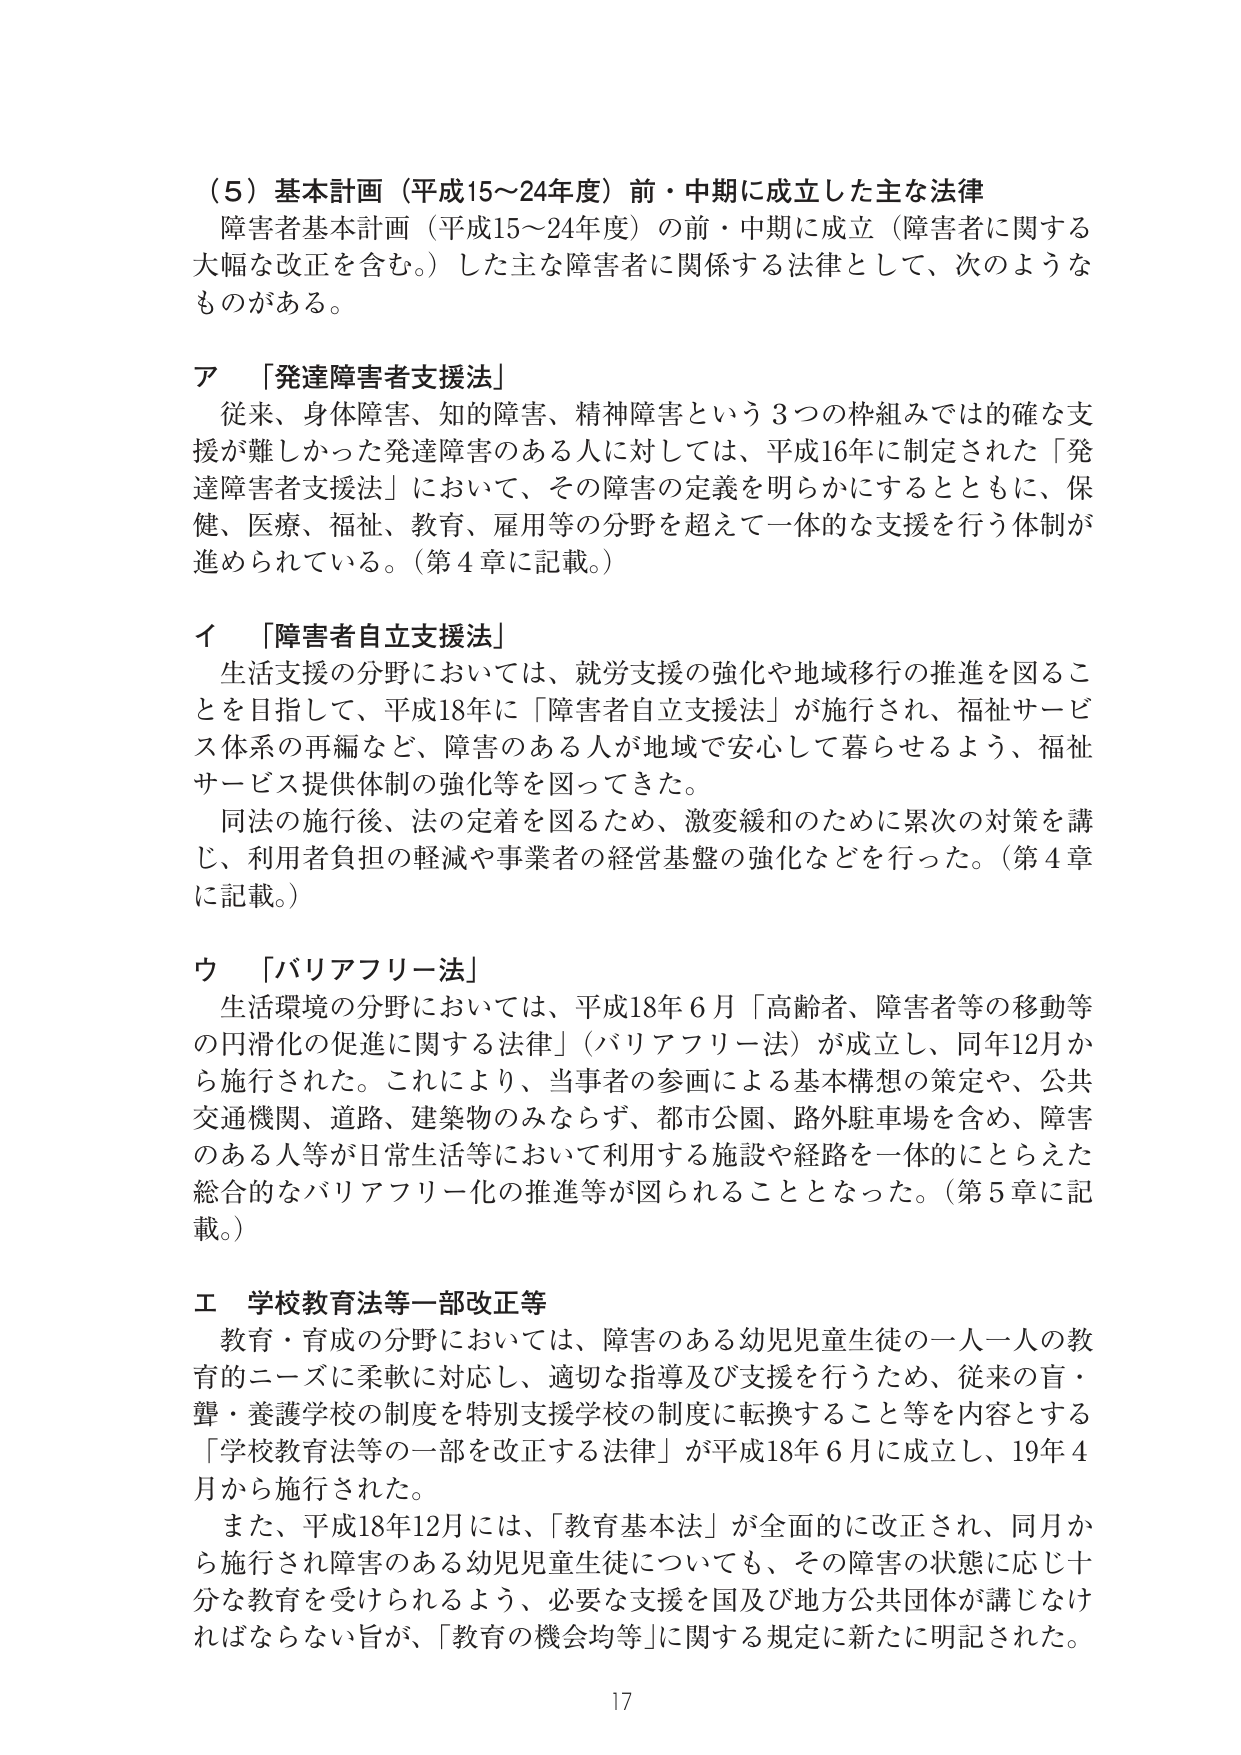
（5）基本計画（平成15～24年度）前・中期に成立した主な法律
障害者基本計画（平成15～24年度）の前・中期に成立（障害者に関する大幅な改正を含む。）した主な障害者に関係する法律として、次のようなものがある。

ア 「発達障害者支援法」
従来、身体障害、知的障害、精神障害という3つの枠組みでは的確な支援が難しかった発達障害のある人に対しては、平成16年に制定された「発達障害者支援法」において、その障害の定義を明らかにするとともに、保健、医療、福祉、教育、雇用等の分野を超えて一体的な支援を行う体制が進められている。（第4章に記載。）

イ 「障害者自立支援法」
生活支援の分野においては、就労支援の強化や地域移行の推進を図ることを目指して、平成18年に「障害者自立支援法」が施行され、福祉サービス体系の再編など、障害のある人が地域で安心して暮らせるよう、福祉サービス提供体制の強化等を図ってきた。
同法の施行後、法の定着を図るため、激変緩和のために累次の対策を講じ、利用者負担の軽減や事業者の経営基盤の強化などを行った。（第4章に記載。）

ウ 「バリアフリー法」
生活環境の分野においては、平成18年6月「高齢者、障害者等の移動等の円滑化の促進に関する法律」（バリアフリー法）が成立し、同年12月から施行された。これにより、当事者の参画による基本構想の策定や、公共交通機関、道路、建築物のみならず、都市公園、路外駐車場を含め、障害のある人等が日常生活等において利用する施設や経路を一体的にとらえた総合的なバリアフリー化の推進等が図られることとなった。（第5章に記載。）

エ 学校教育法等一部改正等
教育・育成の分野においては、障害のある幼児児童生徒の一人一人の教育的ニーズに柔軟に対応し、適切な指導及び支援を行うため、従来の盲・聾・養護学校の制度を特別支援学校の制度に転換すること等を内容とする「学校教育法等の一部を改正する法律」が平成18年6月に成立し、19年4月から施行された。
また、平成18年12月には、「教育基本法」が全面的に改正され、同月から施行され障害のある幼児児童生徒についても、その障害の状態に応じ十分な教育を受けられるよう、必要な支援を国及び地方公共団体が講じなければならない旨が、「教育の機会均等」に関する規定に新たに明記された。

17